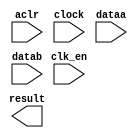
// megafunction wizard: %ALTFP_DIV%VBB%
// GENERATION: STANDARD
// VERSION: WM1.0
// MODULE: altfp_div 

// ============================================================
// Megafunction Name(s):
// 			altfp_div
//
// Simulation Library Files(s):
// 			
// ============================================================
// ************************************************************
// THIS IS A WIZARD-GENERATED FILE. DO NOT EDIT THIS FILE!
//
// 13.0.1 Build 232 06/12/2013 SP 1 SJ Web Edition
// ************************************************************

//Copyright (C) 1991-2013 Altera Corporation
//Your use of Altera Corporation's design tools, logic functions 
//and other software and tools, and its AMPP partner logic 
//functions, and any output files from any of the foregoing 
//(including device programming or simulation files), and any 
//associated documentation or information are expressly subject 
//to the terms and conditions of the Altera Program License 
//Subscription Agreement, Altera MegaCore Function License 
//Agreement, or other applicable license agreement, including, 
//without limitation, that your use is for the sole purpose of 
//programming logic devices manufactured by Altera and sold by 
//Altera or its authorized distributors.  Please refer to the 
//applicable agreement for further details.

module divfp (
	aclr,
	clk_en,
	clock,
	dataa,
	datab,
	result)/* synthesis synthesis_clearbox = 1 */;

	input	  aclr;
	input	  clk_en;
	input	  clock;
	input	[31:0]  dataa;
	input	[31:0]  datab;
	output	[31:0]  result;

endmodule

// ============================================================
// CNX file retrieval info
// ============================================================
// Retrieval info: PRIVATE: INTENDED_DEVICE_FAMILY STRING "Cyclone IV E"
// Retrieval info: PRIVATE: SYNTH_WRAPPER_GEN_POSTFIX STRING "0"
// Retrieval info: LIBRARY: altera_mf altera_mf.altera_mf_components.all
// Retrieval info: CONSTANT: DENORMAL_SUPPORT STRING "NO"
// Retrieval info: CONSTANT: INTENDED_DEVICE_FAMILY STRING "Cyclone IV E"
// Retrieval info: CONSTANT: OPTIMIZE STRING "SPEED"
// Retrieval info: CONSTANT: PIPELINE NUMERIC "6"
// Retrieval info: CONSTANT: REDUCED_FUNCTIONALITY STRING "NO"
// Retrieval info: CONSTANT: WIDTH_EXP NUMERIC "8"
// Retrieval info: CONSTANT: WIDTH_MAN NUMERIC "23"
// Retrieval info: USED_PORT: aclr 0 0 0 0 INPUT NODEFVAL "aclr"
// Retrieval info: USED_PORT: clk_en 0 0 0 0 INPUT NODEFVAL "clk_en"
// Retrieval info: USED_PORT: clock 0 0 0 0 INPUT NODEFVAL "clock"
// Retrieval info: USED_PORT: dataa 0 0 32 0 INPUT NODEFVAL "dataa[31..0]"
// Retrieval info: USED_PORT: datab 0 0 32 0 INPUT NODEFVAL "datab[31..0]"
// Retrieval info: USED_PORT: result 0 0 32 0 OUTPUT NODEFVAL "result[31..0]"
// Retrieval info: CONNECT: @aclr 0 0 0 0 aclr 0 0 0 0
// Retrieval info: CONNECT: @clk_en 0 0 0 0 clk_en 0 0 0 0
// Retrieval info: CONNECT: @clock 0 0 0 0 clock 0 0 0 0
// Retrieval info: CONNECT: @dataa 0 0 32 0 dataa 0 0 32 0
// Retrieval info: CONNECT: @datab 0 0 32 0 datab 0 0 32 0
// Retrieval info: CONNECT: result 0 0 32 0 @result 0 0 32 0
// Retrieval info: GEN_FILE: TYPE_NORMAL divfp.v TRUE
// Retrieval info: GEN_FILE: TYPE_NORMAL divfp.inc FALSE
// Retrieval info: GEN_FILE: TYPE_NORMAL divfp.cmp FALSE
// Retrieval info: GEN_FILE: TYPE_NORMAL divfp.bsf TRUE FALSE
// Retrieval info: GEN_FILE: TYPE_NORMAL divfp_inst.v FALSE
// Retrieval info: GEN_FILE: TYPE_NORMAL divfp_bb.v TRUE